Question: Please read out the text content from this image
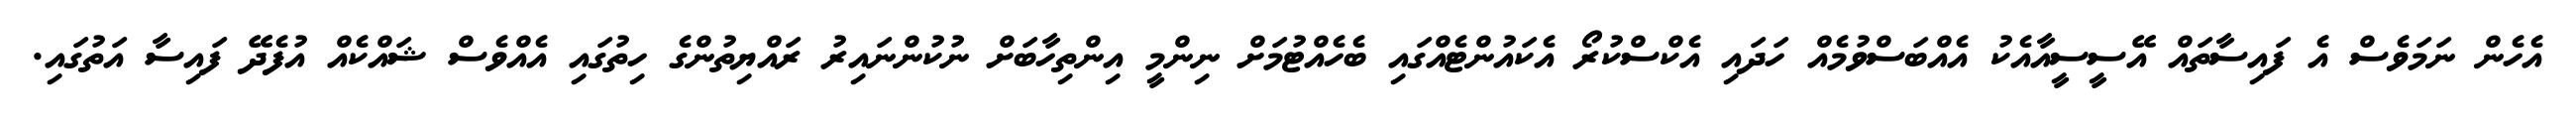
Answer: އެހެން ނަމަވެސް އެ ފައިސާތައް އޭސީސީއާއެކު އެއްބަސްވުމެއް ހަދައި އެކްސްކުރޯ އެކައުންޓެއްގައި ބެހެއްޓުމަށް ނިންމީ އިންތިހާބަށް ނުކުންނައިރު ރައްޔިތުންގެ ހިތުގައި އެއްވެސް ޝައްކެއް އުފެދޭ ފައިސާ އަތުގައި.